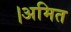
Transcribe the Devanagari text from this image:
।अमित